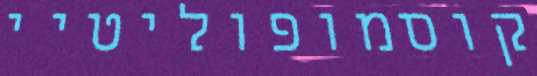
קוסמופוליטיי